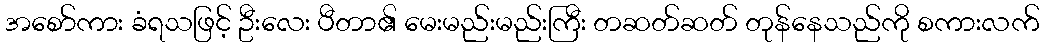
အစော်ကား ခံရသဖြင့် ဦးလေး ပီတာ၏ မေးမည်းမည်းကြီး တဆတ်ဆတ် တုန်နေသည်ကို စကားလက်